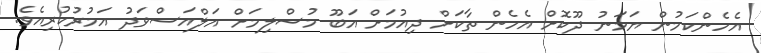
އެހެންކަމުން ޔަމަނު ދޫކޮށް އެހެން ތާކަށް ދިއުމަށް އަބޫ މުސްލިމަށް އަލްއަސްވަދު އަމުރުކުރިއެވެ.